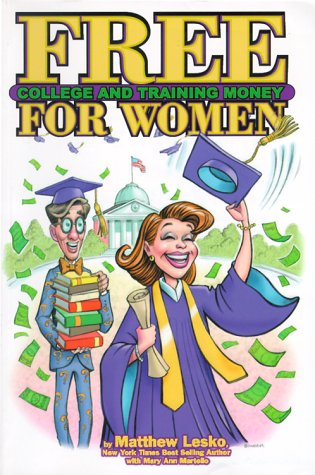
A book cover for Free College and Training Money For Women; Matthew Lesko; Business & Money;